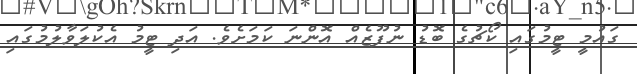
ގައުމީ ޓީމުގައި ކޯޗުގެ ބޮޑު ނުފޫޒެއް އޮންނަ ކަމަށެވެ. އަދި ޓީމު އެކުލަވާލުމުގައި